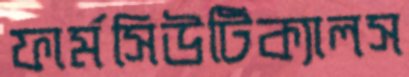
ফার্মসিউটিক্যালস